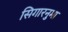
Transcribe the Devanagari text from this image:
सिगारनुमा